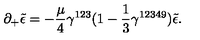
\partial _ { + } \tilde { \epsilon } = - \frac { \mu } { 4 } \gamma ^ { 1 2 3 } ( 1 - \frac { 1 } { 3 } \gamma ^ { 1 2 3 4 9 } ) \tilde { \epsilon } .